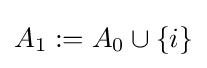
A_{1}:=A_{0}\cup \{i\}